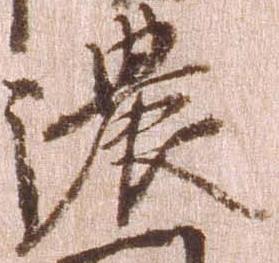
濃